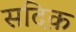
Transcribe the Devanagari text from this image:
सदिक़